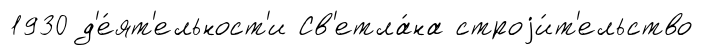
1930 д'е́ят'ельност'и Св'етла́на строjи́т'ельство